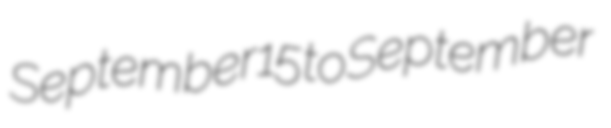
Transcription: September 15 to September